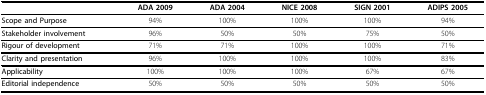
<table><thead><tr><td></td><td><b>ADA 2009</b></td><td><b>ADA 2004</b></td><td><b>NICE 2008</b></td><td><b>SIGN 2001</b></td><td><b>ADIPS 2005</b></td></tr></thead><tbody><tr><td><b>Scope and Purpose</b></td><td>94%</td><td>100%</td><td>100%</td><td>100%</td><td>94%</td></tr><tr><td><b>Stakeholder involvement</b></td><td>96%</td><td>50%</td><td>50%</td><td>75%</td><td>50%</td></tr><tr><td><b>Rigour of development</b></td><td>71%</td><td>71%</td><td>100%</td><td>100%</td><td>71%</td></tr><tr><td><b>Clarity and presentation</b></td><td>96%</td><td>100%</td><td>100%</td><td>100%</td><td>83%</td></tr><tr><td><b>Applicability</b></td><td>100%</td><td>100%</td><td>100%</td><td>67%</td><td>67%</td></tr><tr><td><b>Editorial independence</b></td><td>50%</td><td>50%</td><td>50%</td><td>50%</td><td>50%</td></tr></tbody></table>